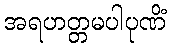
အရဟတ္တမပါပုဏိံ